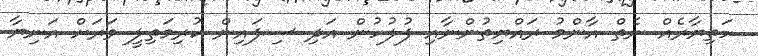
ހަތިޔާރެއް ނެތް އާންމު ރައްޔިތުންނާއި ފުލުހުން އަދި ސިފައިން ކުރިމަތިލީ ވަރަށް އަނިޔާ